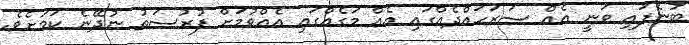
ބުނެފައި ވަނީ އެއް ސަރަހައްދެއްގައި އެއް މަގެއްގައި އެއްވުމަށް ފުރުސަތު ނުދޭނެ ކަމަށެވެ.